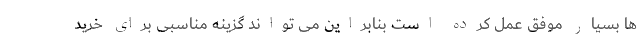
ها بسیار موفق عمل کرده است بنابراین می تواند گزینه مناسبی برای خرید